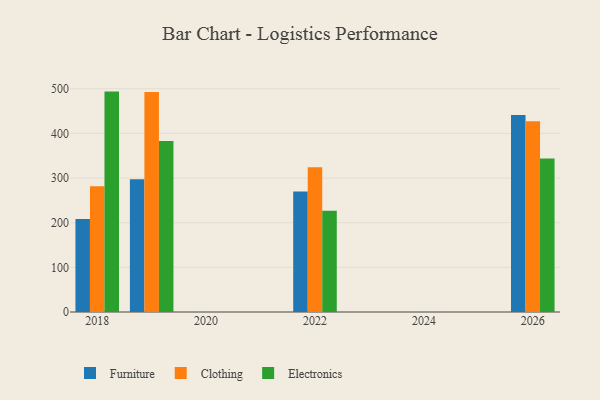
{"axis": {"x": "Year", "y": "Satisfaction Score"}, "legend": ["Clothing", "Electronics", "Furniture"], "data": [{"x": "2026", "y": 441.4, "type": "Furniture"}, {"x": "2026", "y": 427.0, "type": "Clothing"}, {"x": "2026", "y": 344.0, "type": "Electronics"}, {"x": "2019", "y": 297.3, "type": "Furniture"}, {"x": "2019", "y": 492.9, "type": "Clothing"}, {"x": "2019", "y": 382.8, "type": "Electronics"}, {"x": "2018", "y": 208.3, "type": "Furniture"}, {"x": "2018", "y": 281.4, "type": "Clothing"}, {"x": "2018", "y": 493.6, "type": "Electronics"}, {"x": "2022", "y": 269.7, "type": "Furniture"}, {"x": "2022", "y": 324.0, "type": "Clothing"}, {"x": "2022", "y": 226.8, "type": "Electronics"}]}